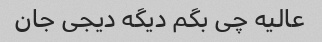
عالیه چی بگم دیگه دیجی جان